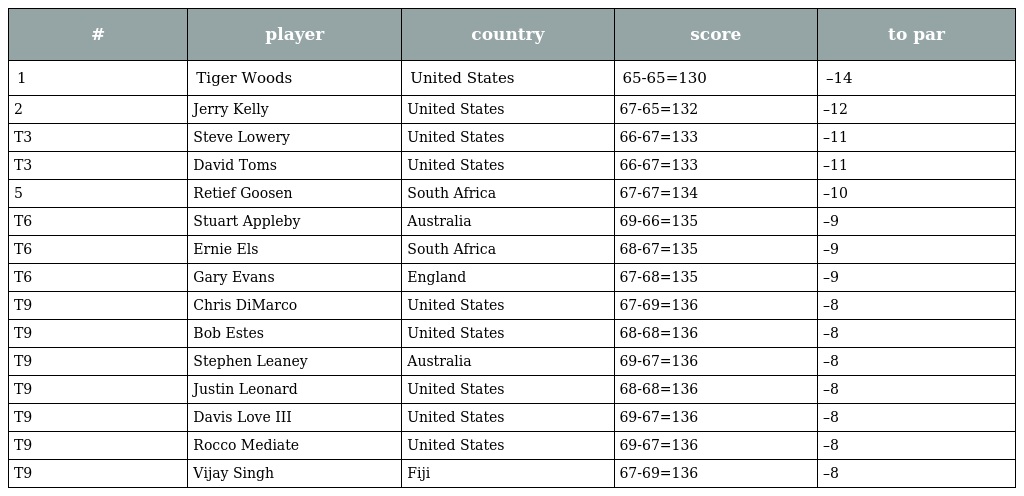
| # | player | country | score | to par |
 | --- | --- | --- | --- | --- |
 | 1 | Tiger Woods | United States | 65-65=130 | –14 |
 | 2 | Jerry Kelly | United States | 67-65=132 | –12 |
 | T3 | Steve Lowery | United States | 66-67=133 | –11 |
 | T3 | David Toms | United States | 66-67=133 | –11 |
 | 5 | Retief Goosen | South Africa | 67-67=134 | –10 |
 | T6 | Stuart Appleby | Australia | 69-66=135 | –9 |
 | T6 | Ernie Els | South Africa | 68-67=135 | –9 |
 | T6 | Gary Evans | England | 67-68=135 | –9 |
 | T9 | Chris DiMarco | United States | 67-69=136 | –8 |
 | T9 | Bob Estes | United States | 68-68=136 | –8 |
 | T9 | Stephen Leaney | Australia | 69-67=136 | –8 |
 | T9 | Justin Leonard | United States | 68-68=136 | –8 |
 | T9 | Davis Love III | United States | 69-67=136 | –8 |
 | T9 | Rocco Mediate | United States | 69-67=136 | –8 |
 | T9 | Vijay Singh | Fiji | 67-69=136 | –8 |